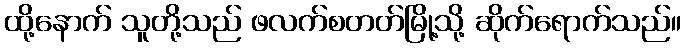
ထို့နောက် သူတို့သည် ဖလက်စတတ်မြို့သို့ ဆိုက်ရောက်သည်။